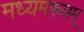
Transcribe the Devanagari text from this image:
मध्यमरूपम्